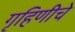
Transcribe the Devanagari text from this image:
गृहिणीचे